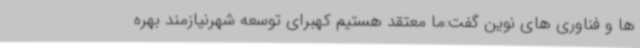
ها و فناوری های نوین گفت:ما معتقد هستیم کهبرای توسعه شهرنیازمند بهره